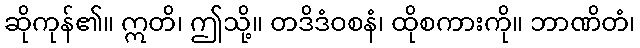
ဆိုကုန်၏။ ဣတိ၊ ဤသို့။ တဒိဒံဝစနံ၊ ထိုစကားကို။ ဘာဏိတံ၊